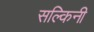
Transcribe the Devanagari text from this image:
सल्किनी